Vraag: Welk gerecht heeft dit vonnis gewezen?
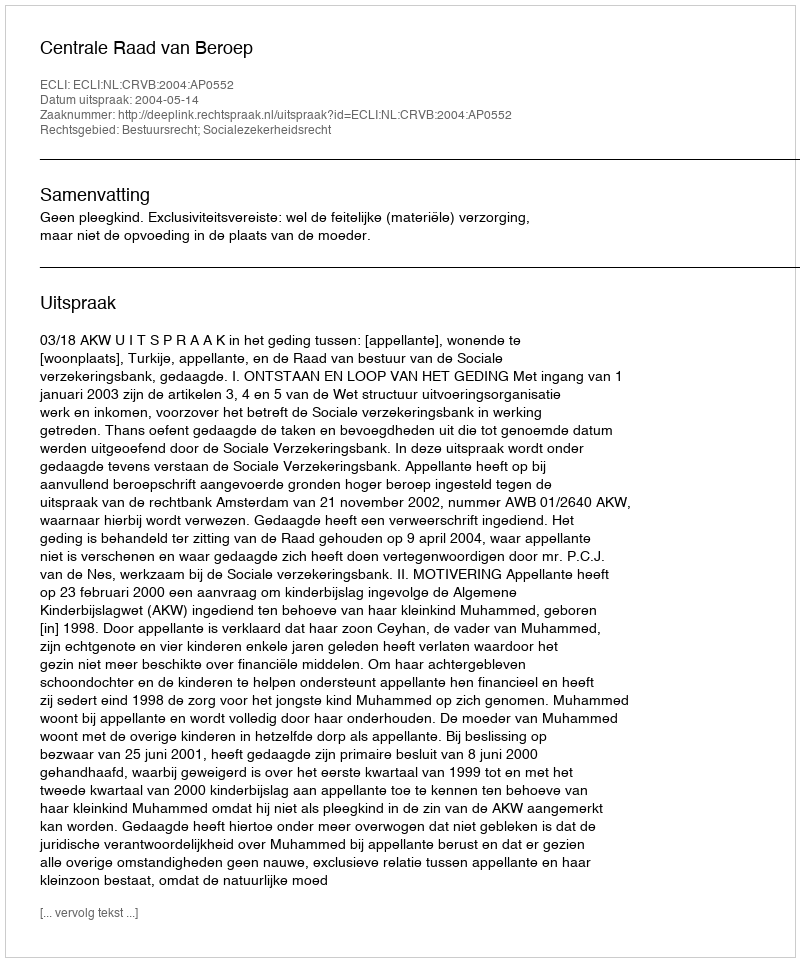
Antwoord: Centrale Raad van Beroep